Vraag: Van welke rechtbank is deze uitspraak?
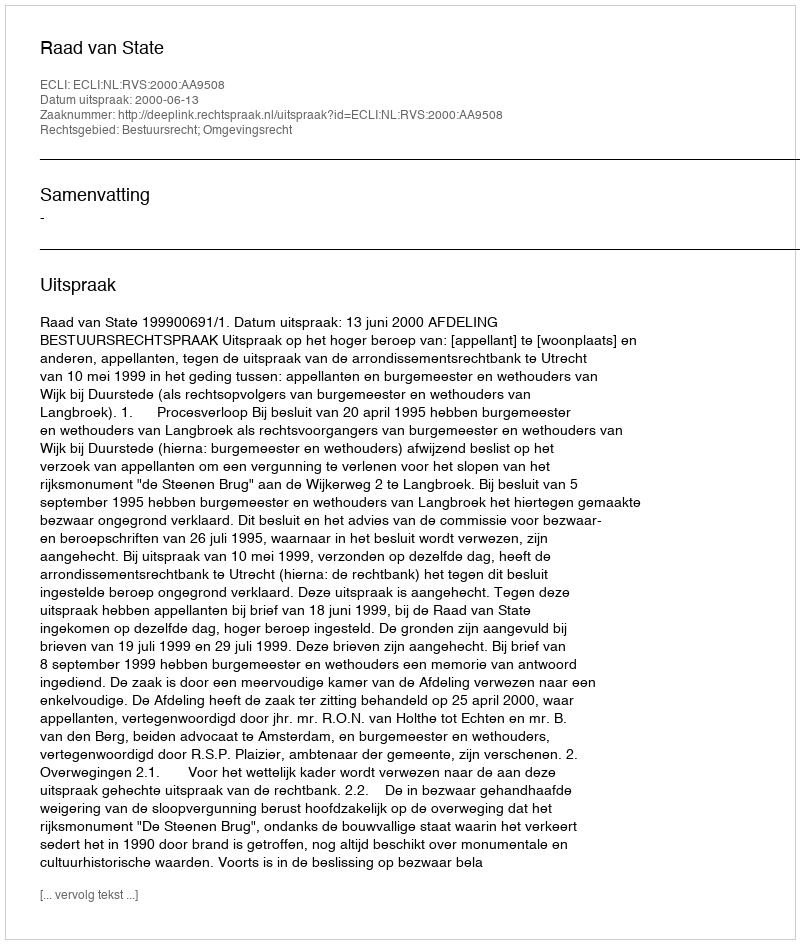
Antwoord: Raad van State